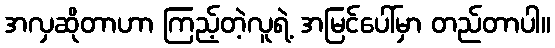
အလှဆိုတာဟာ ကြည့်တဲ့လူရဲ့ အမြင်ပေါ်မှာ တည်တာပါ။